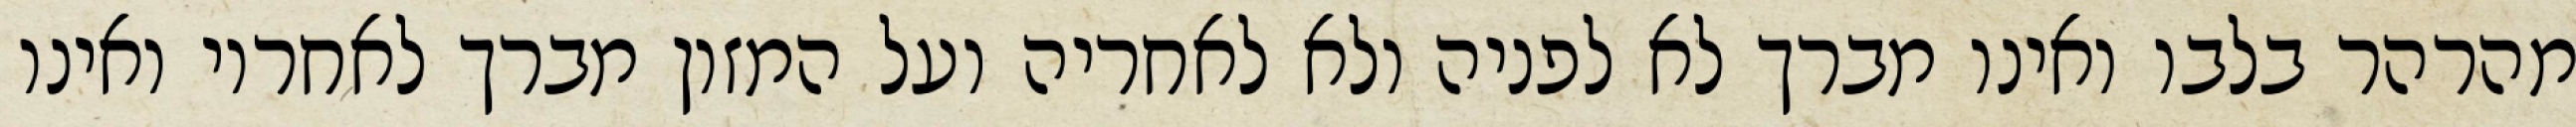
מהרהר בלבו ואינו מברך לא לפניה ולא לאחריה ועל המזון מברך לאחריו ואינו